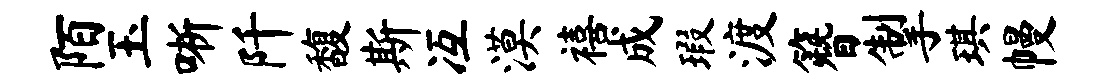
陌玉晰阡馥斯冱漠禧成瑕渡簪掣琪幔